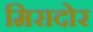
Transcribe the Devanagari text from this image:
मिरादोर